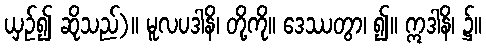
ယှဉ်၍ ဆိုသည်)။ မူလပဒါနိ၊ တို့ကို။ ဒေဿတွာ၊ ၍။ ဣဒါနိ၊ ၌။